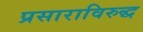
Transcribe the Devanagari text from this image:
प्रसाराविरुद्ध